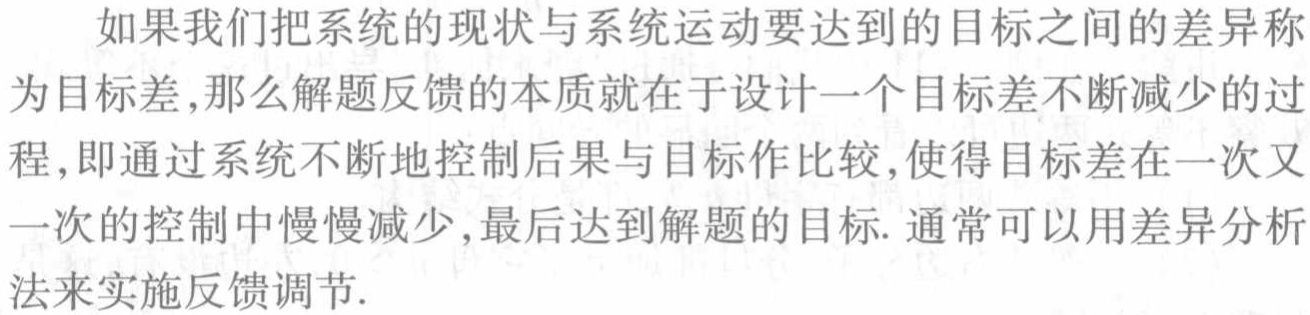
如果我们把系统的现状与系统运动要达到的目标之间的差异称为目标差,那么解题反馈的本质就在于设计一个目标差不断减少的过程,即通过系统不断地控制后果与目标作比较,使得目标差在一次又一次的控制中慢慢减少,最后达到解题的目标. 通常可以用差异分析法来实施反馈调节.